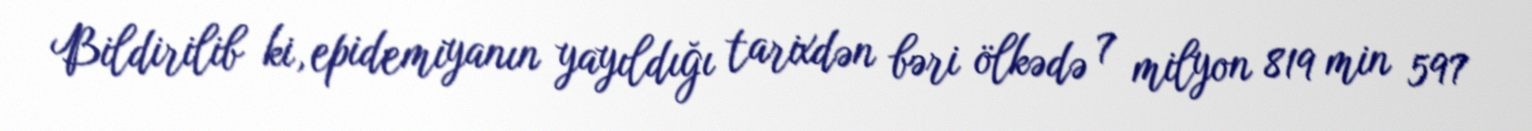
Bildirilib ki, epidemiyanın yayıldığı tarixdən bəri ölkədə 7 milyon 819 min 597